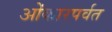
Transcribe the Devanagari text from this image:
ओंकारपर्वत